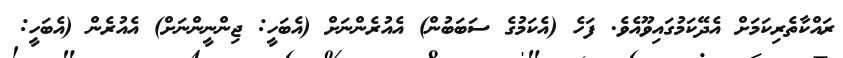
ރައްކާތެރިކަމަށް އެދޭކަމުގައިވޫއެވެ. ފަހެ (އެކަމުގެ ސަބަބުން) އެއުރެންނަށް (އެބަހީ: ޖިންނީންނަށް) އެއުރެން (އެބަހީ: